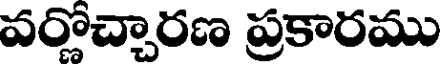
వర్లోచ్చారణ ప్రకారము